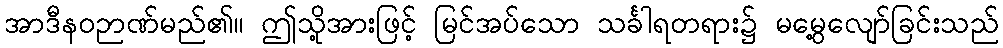
အာဒီနဝဉာဏ်မည်၏။ ဤသို့အားဖြင့် မြင်အပ်သော သင်္ခါရတရား၌ မမွေ့လျော်ခြင်းသည်